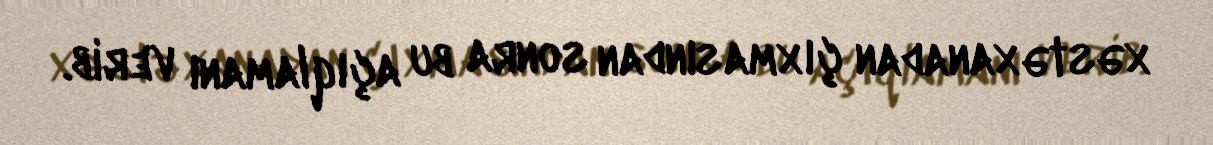
xəstəxanadan çıxmasından sonra bu açıqlamanı verib.